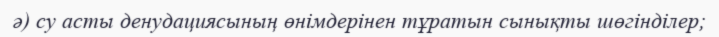
ә) су асты денудациясының өнімдерінен тұратын сынықты шөгінділер;